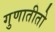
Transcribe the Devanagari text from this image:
गुणातीतो